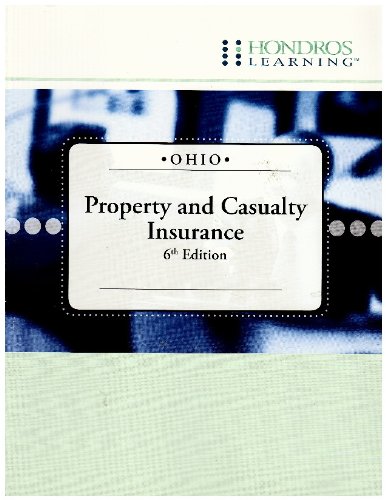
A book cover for Ohio Property and Casualty Insurance; Business & Money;